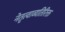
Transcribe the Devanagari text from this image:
नेतृत्वाव्यतिरिक्त